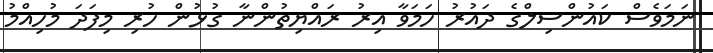
ނަމަވެސް ކައުންސިލްގެ ދައުރު ހަމަވާ އިރު ރައްޔިތުންނާ ގުޅުން ހުރި މިފަދަ މުހިއްމު